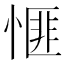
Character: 㥱